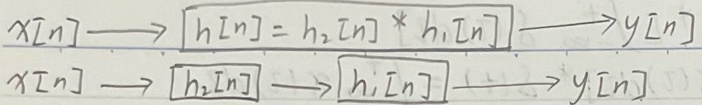
$x[n]\longrightarrow\boxed{h[n]=h_2[n]*h_1[n]}\longrightarrow y[n]$
$x[n]\longrightarrow\boxed{h_2[n]}\longrightarrow\boxed{h_1[n]}\longrightarrow y[n]$